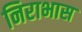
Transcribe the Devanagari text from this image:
निराभास